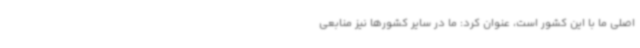
اصلی ما با این کشور است، عنوان کرد: ما در سایر کشورها نیز منابعی